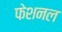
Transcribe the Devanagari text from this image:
फेशनल